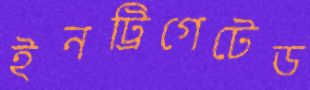
ইনট্রিগেটেড